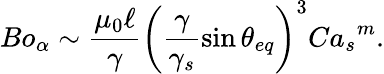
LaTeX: {Bo_{\alpha}\sim\frac{\mu_{0}\ell}{\gamma}\left(\frac{\gamma}{\gamma_{s}}\sin{\theta_{eq}}\right)^{3}{Ca_{s}}^{m}}.